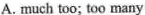
A. much too; too many